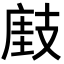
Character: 𢻘